Plague in India, 1896, 1897 - Volume 1
Year: 1896
Disease focus: Plague
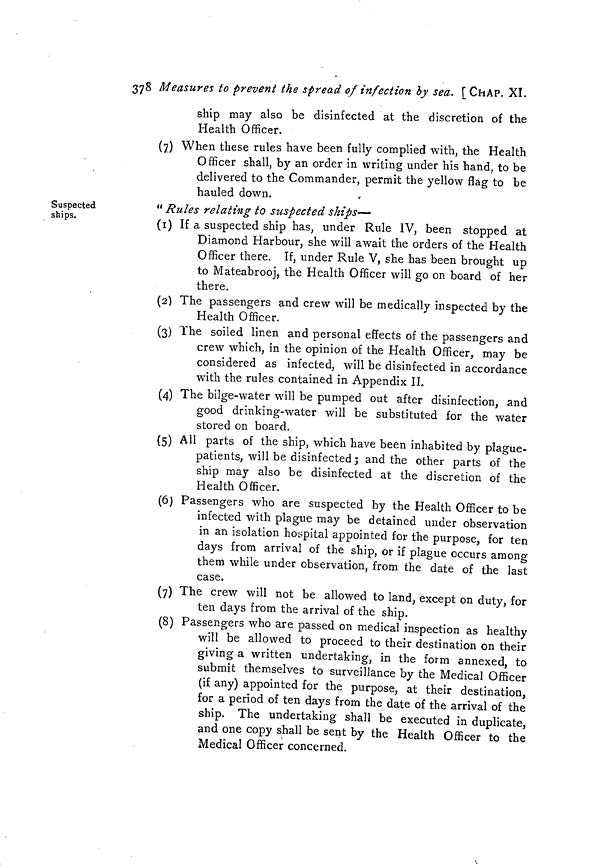
378 Measures to prevent the spread of infection by sea. [CHAP. XI.
ship may also be disinfected at the discretion of the
Health Officer.
(7) When these rules have been fully complied with, the Health
Officer shall, by an order in writing under his hand, to be
delivered to the Commander, permit the yellow flag to be
hauled down.
Suspected
ships.
" Rules relating to suspected ships—
(1) If a suspected ship has, under Rule IV, been stopped at
Diamond Harbour, she will await the orders of the Health
Officer there. If, under Rule V, she has been brought up
to Mateabrooj, the Health Officer will go on board of her
there.
(2) The passengers and crew will be medically inspected by the
Health Officer.
(3) The soiled linen and personal effects of the passengers and
crew which, in the opinion of the Health Officer, may be
considered as infected, will be disinfected in accordance
with the rules contained in Appendix II.
(4) The bilge-water will be pumped out after disinfection, and
good drinking-water will be substituted for the water
stored on board.
(5) All parts of the ship, which have been inhabited by plague-
patients, will be disinfected; and the other parts of the
ship may also be disinfected at the discretion of the
Health Officer.
(6) Passengers who are suspected by the Health Officer to be
infected with plague may be detained under observation
in an isolation hospital appointed for the purpose, for ten
days from arrival of the ship, or if plague occurs among
them while under observation, from the date of the last
case.
(7) The crew will not be allowed to land, except on duty, for
ten days from the arrival of the ship.
(8) Passengers who are passed on medical inspection as healthy
will be allowed to proceed to their destination on their
giving a written undertaking, in the form annexed, to
submit themselves to surveillance by the Medical Officer
(if any) appointed for the purpose, at their destination,
for a period of ten days from the date of the arrival of the
ship. The undertaking shall be executed in duplicate,
and one copy shall be sent by the Health Officer to the
Medical Officer concerned.